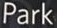
Park